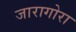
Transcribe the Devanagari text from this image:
जारागोरा